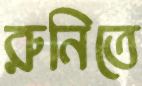
রুনিতে